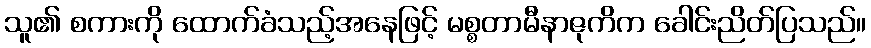
သူ၏ စကားကို ထောက်ခံသည့်အနေဖြင့် မစ္စတာမီနာဇုကိက ခေါင်းညိတ်ပြသည်။